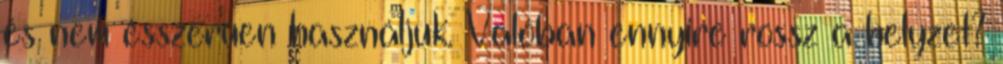
és nem ésszerűen használjuk. Valóban ennyire rossz a helyzet?